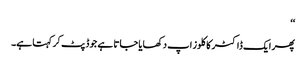
‘‘
پھر ایک ڈاکٹر کا کلوز اپ دکھایا جاتا ہے جو ڈپٹ کر کہتا ہے۔